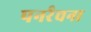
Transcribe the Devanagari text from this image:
पनर्रचना